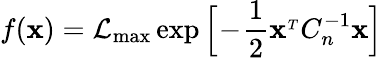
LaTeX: f({\mathbf x})={\cal L}_{\mathrm{max}}\exp\Big[\! -\! {\frac{1}{2}}{\mathbf x}^{_T}C_{n}^{-1}{\mathbf x}\Big]